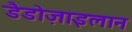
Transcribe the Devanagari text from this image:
डैडोज़ाइलान